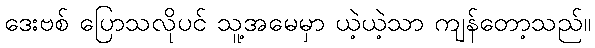
ဒေးဗစ် ပြောသလိုပင် သူ့အမေမှာ ယဲ့ယဲ့သာ ကျန်တော့သည်။